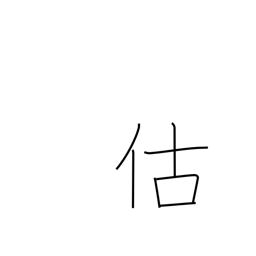
Meaning: business